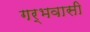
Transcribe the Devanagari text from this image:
गर्भवासी